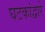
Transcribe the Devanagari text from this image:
घटकांद्वारे